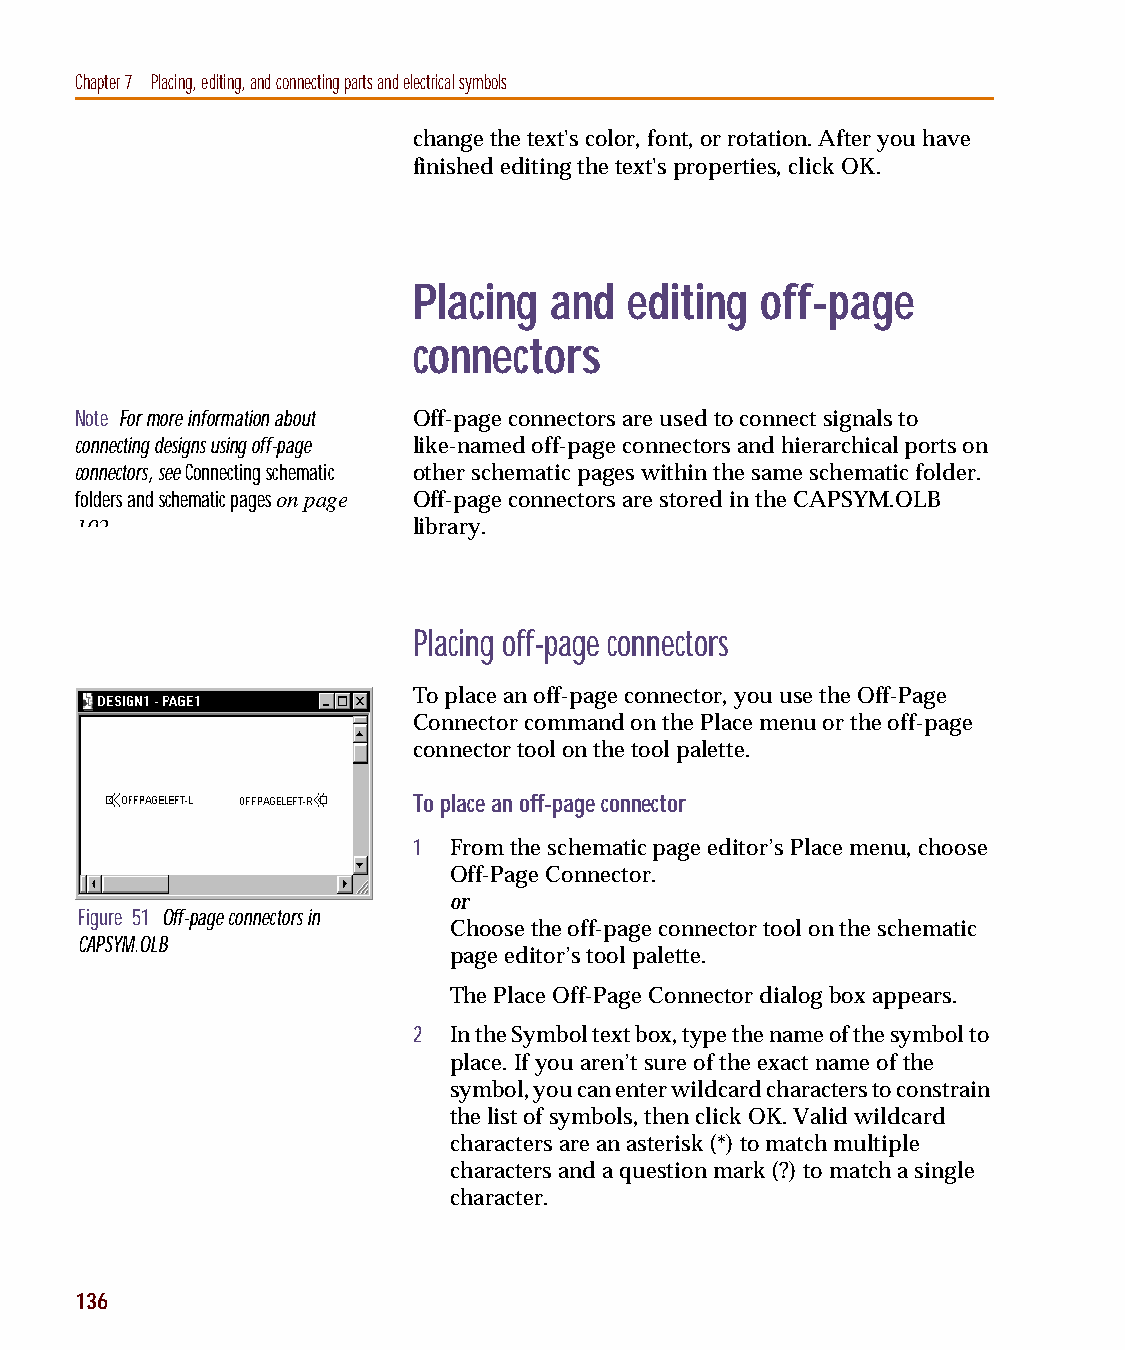
capug.book Page 136 Thursday, November 12, 1998 3:38 PM
 Chapter 7 Placing, editing, and connecting parts and electrical symbols
 change the text's color, font, or rotation. After you have
 finished editing the text's properties, click OK.
 Placing  and  editing  off-page
 connectors
 Note For more information about Off-page connectors are used to connect signals to
 connecting designs using off-page like-named off-page connectors and hierarchical ports on
 connectors, see Connecting schematic other schematic pages within the same schematic folder.
 folders and schematic pages on page Off-page connectors are stored in the CAPSYM.OLB
 102                   library.
 Placing off-page connectors
 To place an off-page connector, you use the Off-Page
 Connector command on the Place menu or the off-page
 connector tool on the tool palette.
 To place an off-page connector
 1  From the schematic page editor’s Place menu, choose
 Off-Page Connector.
 or
 Figure 51 Off-page connectors in
 Choose the off-page connector tool on the schematic
 CAPSYM.OLB
 page editor’s tool palette.
 The Place Off-Page Connector dialog box appears.
 2  In the Symbol text box, type the name of the symbol to
 place. If you aren’t sure of the exact name of the
 symbol, you can enter wildcard characters to constrain
 the list of symbols, then click OK. Valid wildcard
 characters are an asterisk (*) to match multiple
 characters and a question mark (?) to match a single
 character.
 136